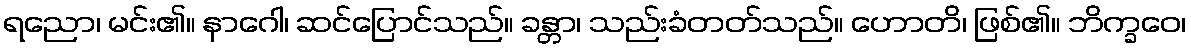
ရညော၊ မင်း၏။ နာဂေါ၊ ဆင်ပြောင်သည်။ ခန္တာ၊ သည်းခံတတ်သည်။ ဟောတိ၊ ဖြစ်၏။ ဘိက္ခဝေ၊